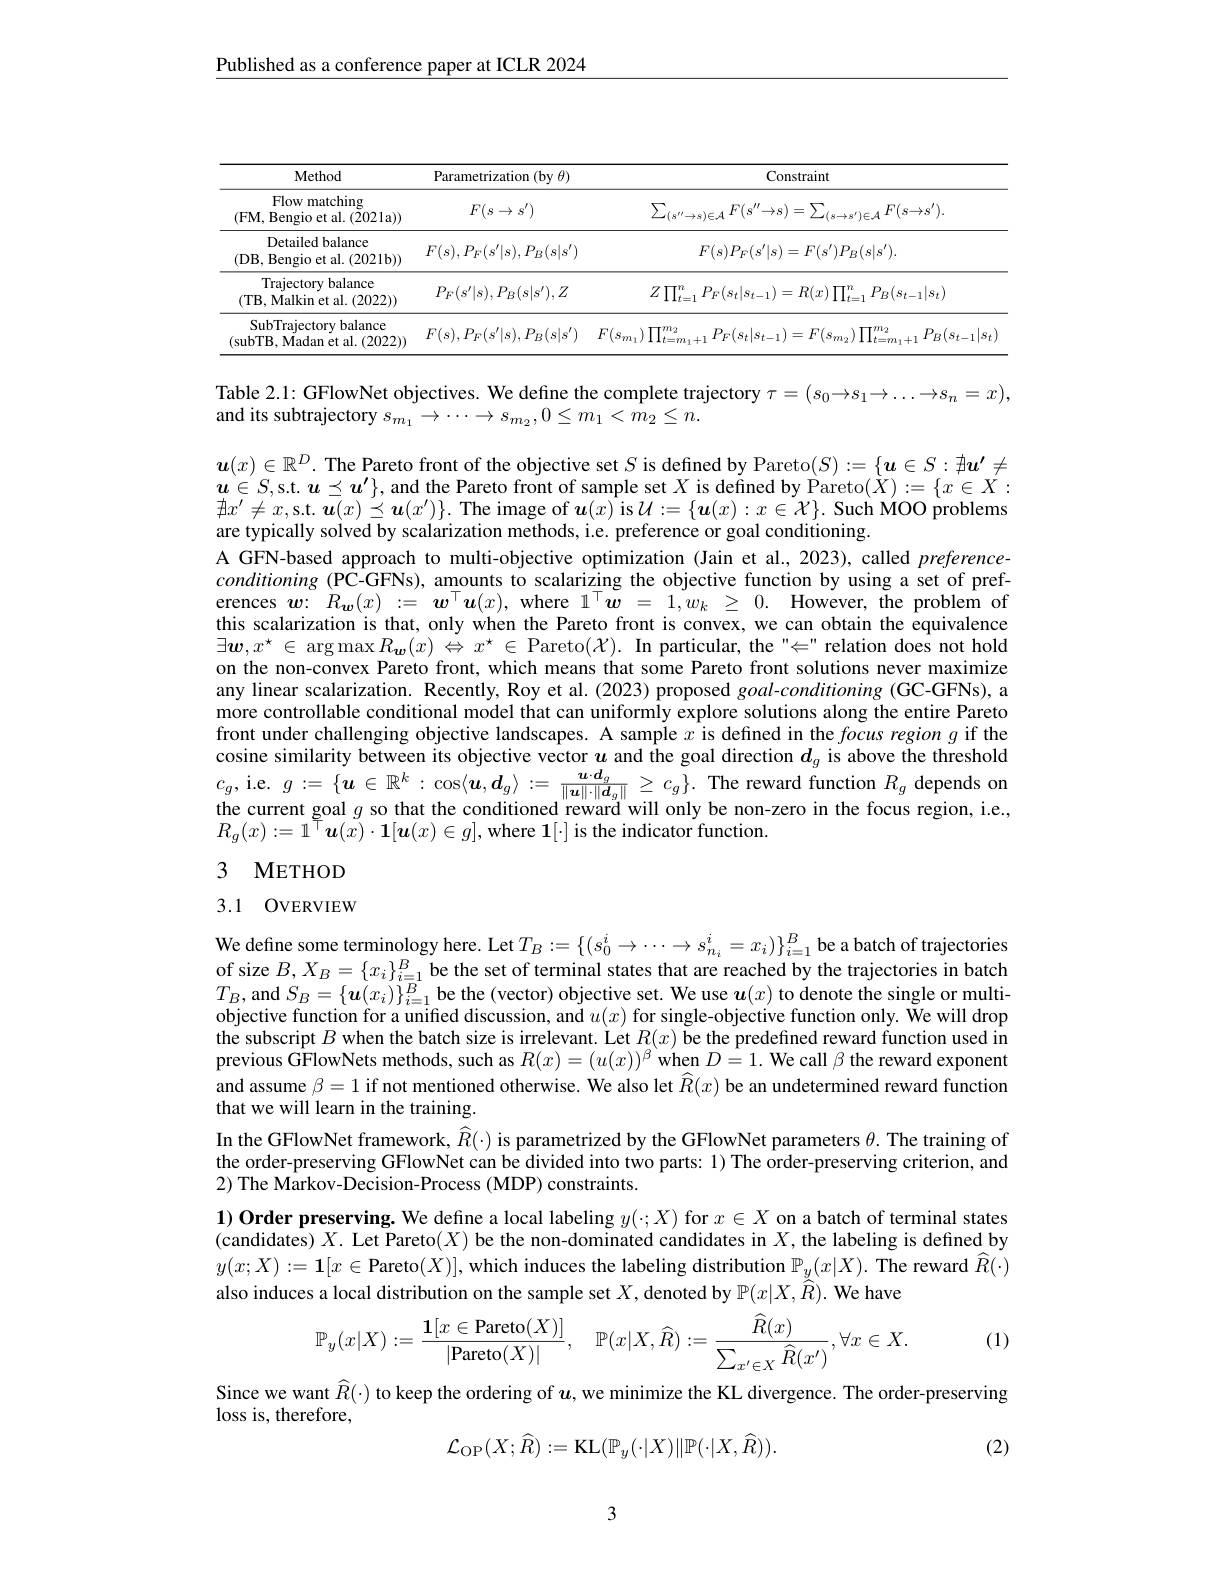
$\underline{\text{Published as a conference paper at ICLR 2024}}$

<table>
	<tbody>
		<tr>
			<th>Method</th>
			<th>Parametrization (by $\theta)$</th>
			<th>Constraint</th>
		</tr>
		<tr>
			<td>Flow matching $(\mathbf{FM},\mathbf{B}$engio et al.(2021a))</td>
			<td>$F(s\to s^{\prime})$</td>
			<td>$\sum_{(s^{\prime\prime}\to s)\in\mathcal{A}}F(s^{\prime\prime}\to s)=\sum_{(s\to s^{\prime})\in\mathcal{A}}F(s\to s^{\prime}).$</td>
		</tr>
		<tr>
			<td>Detailed balance (DB, Bengio et al.(2021b))</td>
			<td>$F(s),P_{F}(s^{\prime}|s),P_{B}(s|s^{\prime})$</td>
			<td>$F(s)P_{F}(s^{\prime}|s)=F(s^{\prime})P_{B}(s|s^{\prime}).$</td>
		</tr>
		<tr>
			<td>Trajectory balance (TB, Malkin et al. (2022))</td>
			<td>$P_{F}(s^{\prime}|s),P_{B}(s|s^{\prime}),Z$</td>
			<td>$Z\prod_{t=1}^{n}P_{F}(s_{t}|s_{t-1})=R(x)\prod_{t=1}^{n}P_{B}(s_{t-1}|s_{t})$</td>
		</tr>
		<tr>
			<td>SubTrajectory balance (subTB, Madan et al. (2022))</td>
			<td>$F(s),P_{F}(s^{\prime}|s),P_{B}(s|s^{\prime})$</td>
			<td>$F(s_{m_1})\prod_{t=m_1+1}^{m_2}P_F(s_t|s_{t-1})=F(s_{m_2})\prod_{t=m}^{m_2}$ ${}_{t=m_{1}+1}^{m_{2}}P_{B}(s_{t-1}|s_{t})$</td>
		</tr>
	</tbody>
</table>

Table 2.1: GFlowNet objectives. We define the complete trajectory $\tau=(s_0\to s_1\to\ldots\to s_n=x)$,
and its subtrajectory $s_{m_{1}}\to\cdots\to s_{m_{2}},0\leq m_{1}<\hat{m_{2}}\leq n.$

$\boldsymbol{u}(x)\in\mathbb{R}^D.$ The Pareto front of the objective set $S$ is defined by Pareto$(S):=\{\boldsymbol{u}\in S:\nexists\boldsymbol{u}^\prime\neq$ $\boldsymbol{u}\in S$,s.t. $\boldsymbol{u}\preceq\boldsymbol{u}^\prime\}$, and the Pareto front of sample set $X$ is defined by Pareto$(\dot{X}):=\{x\in X:$ $\nexists x^{\prime }\neq x$,s. t. $\boldsymbol{u}( x) \preceq \boldsymbol{u}( x^{\prime }) \} .$ The image of $\boldsymbol{u}( x)$ is$\mathcal{U} : = \{ \boldsymbol{u}( x) : x\in \mathcal{X} \} .$ Such MOO problems are typically solved by scalarization methods, i. e. preference or goal conditioning. A GFN-based approach to multi-objective optimization (Jain et al., 2023), called preferenceconditioning (PC-GFNs), amounts to scalarizing the objective function by using a set of preferences $\boldsymbol{w}:R_{\boldsymbol{w}}(x):=\boldsymbol{w}^{\top}\boldsymbol{u}(x)$, where $1^\top\boldsymbol{w}=1,w_k\geq0.$ However, the problem ofthis scalarization is that, only when the Pareto front is convex, we can obtain the equivalence $\exists\boldsymbol{w},x^{\star}\in\operatorname{arg}\operatorname*{max}_{\boldsymbol{w}}(x)\stackrel{\leftrightarrow}{\Leftrightarrow}x^{\star}\in$Pareto$(\mathcal{X}).$In particular, the"$\Leftarrow$relation does not hold on the non-convex Pareto front, which means that some Pareto front solutions never maximize any linear scalarization. Recently, Roy et al. (2023) proposed goal-conditioning (GC-GFNs), a more controllable conditional model that can uniformly explore solutions along the entire Pareto front under challenging objective landscapes. A sample $x$ is defined in the $focus\textit{region g if the}$ cosine similarity between its objective vector $u$ and the goal direction $d_{g}$ is above the threshold $c_{g}$, i. e. $g: = \{ \boldsymbol{u}\in \mathbb{R} ^{k}: \cos \langle \boldsymbol{u}, \boldsymbol{d}_{g}\rangle : = \frac {\boldsymbol{u}\cdot \boldsymbol{d}_{g}}{\| \boldsymbol{u}\| \cdot \| \boldsymbol{d}_{g}\| }\geq c_{g}\} .$ The reward function $R_{g}$ depends on the current goal $g$ so that the conditioned reward will only be non-zero in the focus region, i.e., $R_{g}(x):=1^{\breve{\top}}\boldsymbol{u}(\tilde{x})\cdot\mathbf{1}[\boldsymbol{u}(x)\in g]$,where $\mathbf{1}[\cdot]$ is the indicator function.

## 3 METHOD

### 3.1 OVERVIEW

We define some terminology here. Let $T_B:=\{(s_0^i\to\cdots\to s_{n_i}^i=x_i)\}_{i=1}^B$ be a batch of trajectories of size $B,X_B=\{x_i\}_{i=1}^B$ be the set of terminal states that are reached by the trajectories in batch $T_{B}$,and$S_B=\{\boldsymbol u(x_i)\}_{i=1}^{B}$be the (vector) objective set. We use $\boldsymbol u(x)$ to denote the single or multi-objective for annified discussion, and $u(x)$ for single-objective function only. We will drop the subscript $B$ when the batch size is irrelevant. Let $R(x)$ be the predefined reward function used in previous $\hat{\text{GFlowNets methods, such as }R}(x)=(u(x))^\beta\overset{\mathrm{\beta}}{\operatorname*{\text{when }}}D=1.$ We call $\beta$ the reward exponent and assume $\beta=1$ if not mentioned otherwise. We also let $\widehat{R}(x)$ be an undetermined reward function that we will learn in the training.
In the GFlowNet framework, $\widehat{R}(\cdot)$ is parametrized by the GFlowNet parameters $\theta.$ The training of the order-preserving GFlowNet can be divided into two parts: 1) The order-preserving criterion, and 2) The Markov-Decision-Process (MDP) constraints.
1) Order preserving. We define a local labeling $y(\cdot;X)$ for $x\in X$ on a batch of terminal states $(\dot{\text{candidates) }X}.$ Let Pareto$(X)$ be the non-dominated candidates in $X$,the labeling is defined by $y(x;X):=\mathbf{1}[x\in$Pareto$(X)]$,which induces the labeling distribution $\mathbb{P}_y(x|X).$ The reward $\widehat{R}(\cdot)$ also induces a local distribution on the sample set $X$, denoted by $\mathbb{P}(x|X,\widehat{R}).$ We have
$$\mathbb{P}_{y}(x|X):=\frac{\mathbf{1}[x\in\mathbf{Pareto}(X)]}{|\mathbf{Pareto}(X)|},\quad\mathbb{P}(x|X,\widehat{R}):=\frac{\widehat{R}(x)}{\sum_{x'\in X}\widehat{R}(x')},\forall x\in X.$$
(1)

Since we want $\widehat{R}(\cdot)$ to keep the ordering of $u$, we minimize the KL divergence. The order-preserving
loss is, therefore,
$$\mathcal{L}_{\mathrm{OP}}(X;\widehat{R}):=\mathrm{KL}(\mathbb{P}_{y}(\cdot|X)\|\mathbb{P}(\cdot|X,\widehat{R})).$$
(2)

3